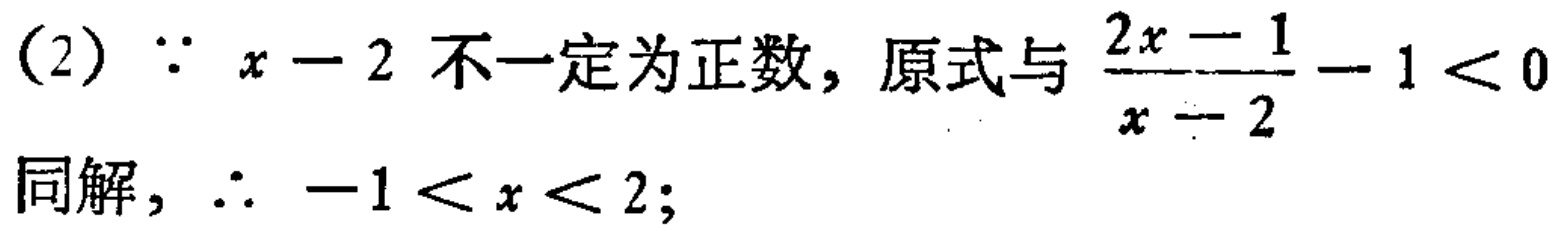
(2) $\because x - 2$ 不一定为正数, 原式与 $\frac{2x - 1}{x - 2} - 1 < 0$ 同解, $\therefore -1 < x < 2$;